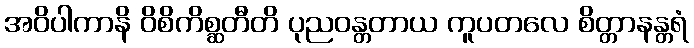
အဝိပါကာနိ ဝိစိကိစ္ဆတီတိ ပုညဝန္တတာယ ကူပတလေ စိတ္တာနန္တရံ